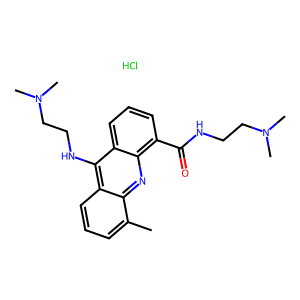
SMILES: Cc1cccc2c(NCCN(C)C)c3cccc(C(=O)NCCN(C)C)c3nc12.Cl
Inhibits HIV replication: No